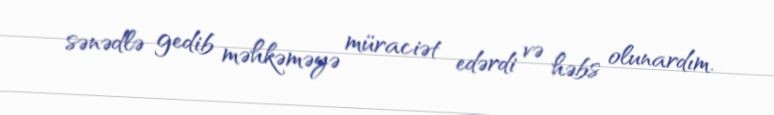
sənədlə gedib məhkəməyə müraciət edərdi və həbs olunardım.